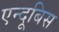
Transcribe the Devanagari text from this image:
एन्दूबिस